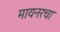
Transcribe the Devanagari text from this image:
मायनरचा